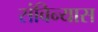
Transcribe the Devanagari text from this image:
संविन्यास